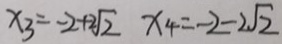
x _ { 3 } = - 2 + 2 \sqrt { 2 } x _ { 4 } = - 2 - 2 \sqrt { 2 }